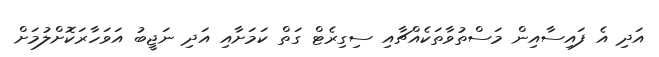
އަދި އެ ފައިސާއިން މަސްތުވާތަކެއްޗާއި ސިގިރެޓް ގަތް ކަމަށާއި އަދި ނަޖީބު އަވަހާރަކޮށްލުމަށް